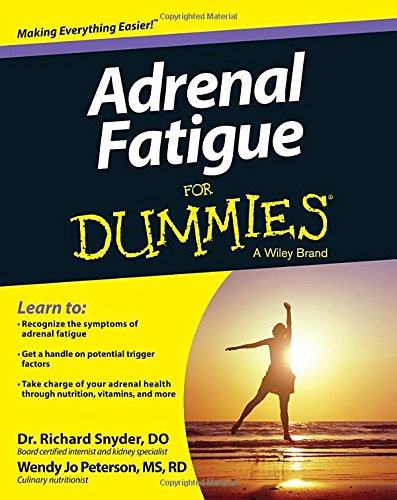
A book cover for Adrenal Fatigue For Dummies; Richard Snyder; Health, Fitness & Dieting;